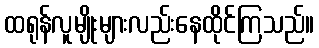
ထရုန်လူမျိုးများလည်းနေထိုင်ကြသည်။